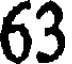
63